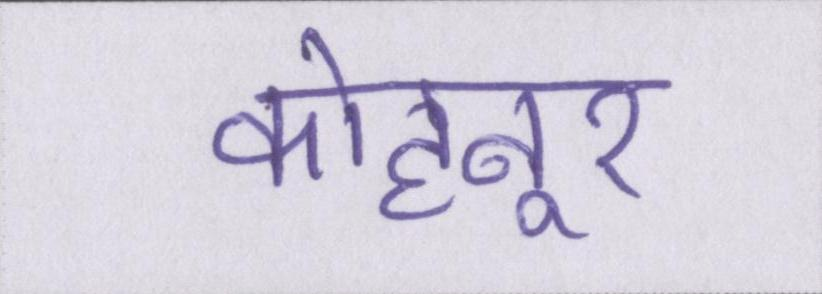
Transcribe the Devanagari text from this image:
कोहनूर